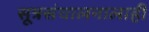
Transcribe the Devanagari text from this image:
सूत्रसंचालनालाही